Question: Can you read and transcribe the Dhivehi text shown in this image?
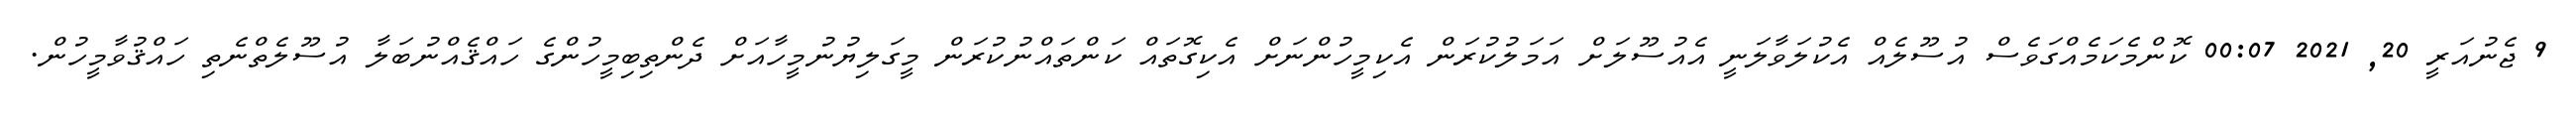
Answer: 9 ޖެނުއަރީ 20, 2021 00:07 ކޮންމެކަމެއްގަވެސް އުސޫލެއް އެކުލަވާލަނީ އެއުސޫލަށް އަމަލުކުރަން އެކިމީހުންނަށް އެކިގޮތައް ކަންތައްނުކުރަން މީގަލިޔުނުމީހާއަށް ދެންތިބިމީހުންގެ ހައްޤެއްނުބަލާ އުސޫލެތްނެތި ހައްޤުވާމީހުން.